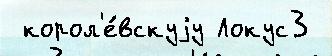
 корол'е́вскуjу Локус3